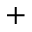
^ { + }